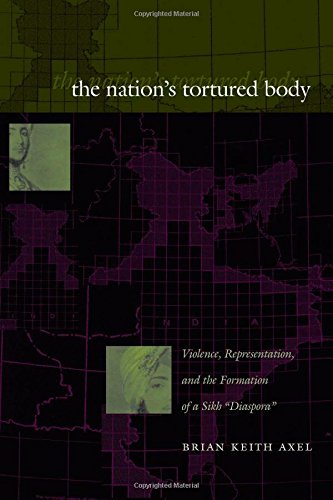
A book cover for The Nation's Tortured Body: Violence, Representation, and the Formation of a Sikh EEDiasporaEE; Brian Keith Axel; Religion & Spirituality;